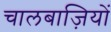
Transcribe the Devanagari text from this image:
चालबाज़ियों